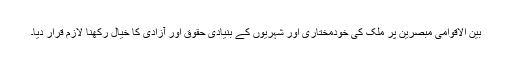
بین الاقوامی مبصرین پر ملک کی خودمختاری اور شہریوں کے بنیادی حقوق اور آزادی کا خیال رکھنا لازم قرار دیا۔